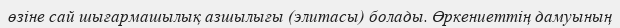
өзіне сай шығармашылық азшылығы (элитасы) болады. Өркениеттің дамуының